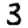
Digit: 3